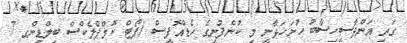
ގައި އަންދާސީހިސާބު ހުށަހަޅާނީ މި ކުންފުނީގެ ހެޑްއޮފީސް (ޕޯޓް ކޮމްޕްލެކްސް ބިލްޑިންގ 7